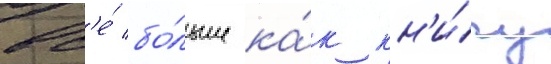
вс'е́ бо́льше ка́к кн'и́гу